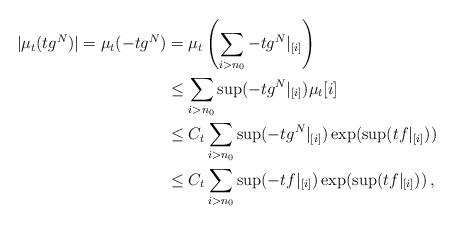
LaTeX: \begin{align*}|\mu_{t}(tg^N)| = \mu_t(-tg^N) &= \mu_t \left(\sum_{i > n_0} -tg^N|_{[i]} \right) \\&\leq \sum_{i > n_0} \sup(-tg^N|_{[i]}) \mu_t[i] \\&\leq C_t \sum_{i > n_0} \sup(-tg^N|_{[i]}) \exp(\sup(tf|_{[i]})) \\ & \leq C_t \sum_{i > n_0} \sup(-tf|_{[i]}) \exp(\sup(tf|_{[i]}))\,,\end{align*}